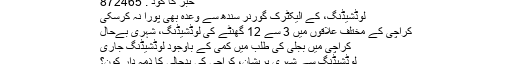
خبر کا کوڈ : 872465
لوڈشیڈنگ، کے الیکٹرک گورنر سندھ سے وعدہ بھی پورا نہ کرسکی
کراچی کے مختلف علاقوں میں 3 سے 12 گھنٹے کی لوڈشیڈنگ، شہری بےحال
کراچی میں بجلی کی طلب میں کمی کے باوجود لوڈشیڈنگ جاری
لوڈشیڈنگ سے شہری پریشان، کراچی کی بدحالی کا ذمہ دار کون؟